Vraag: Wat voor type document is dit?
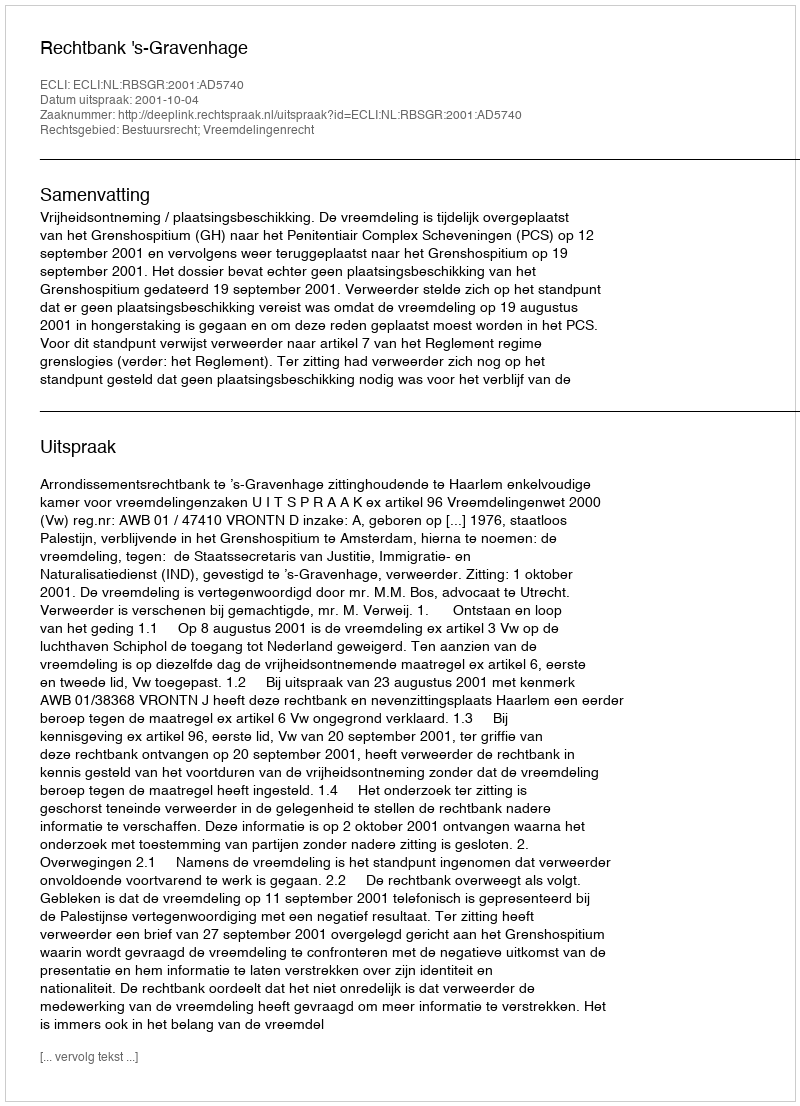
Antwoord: Uitspraak